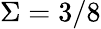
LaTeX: \Sigma=3/8